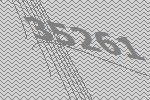
35261